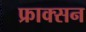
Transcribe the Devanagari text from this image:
फ्राक्सन